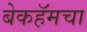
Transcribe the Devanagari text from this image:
बेकहॅमचा